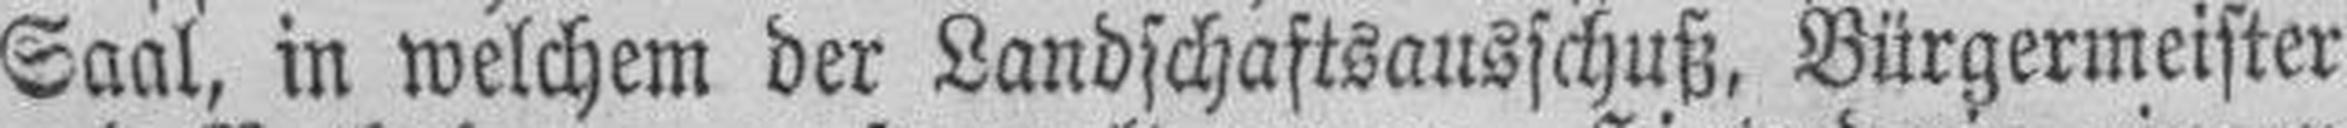
Saal, in welchem der Landschaftsausschuß, Bürgermeister